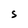
Character: S